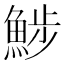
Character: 𩷖